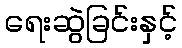
ရေးဆွဲခြင်းနှင့်